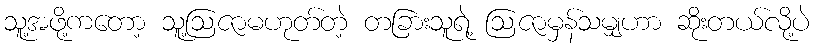
သူ့အဖို့ကတော့ သူ့ဩဇာမဟုတ်တဲ့ တခြားသူရဲ့ ဩဇာမှန်သမျှဟာ ဆိုးတယ်လို့ပဲ